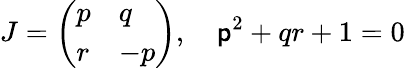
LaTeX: J={\left(\begin{array}{ll}{p}&{q}\\ {r}&{-p}\end{array}\right)},\quad\mathsf{p}^{2}+qr+1=0